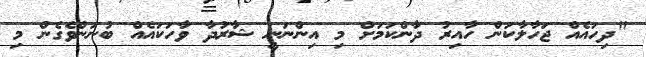
"ދިހައެއް ޖަހާލާކަން ހާއިރު ދާންކަމަށް މި އިންނަނީ ޝާރުދާ ވާހަކައެއް ބުނަންވެގެން މި